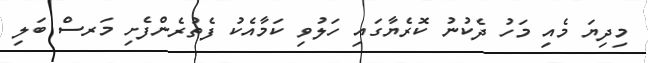
މިދިޔަ މެއި މަހު ދެކުނު ކޮރެޔާގައި ހަލުވި ކަމާއެކު ފެތުރެންފެށި މަރސް ބަލި